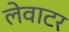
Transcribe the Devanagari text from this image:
लेवाटर